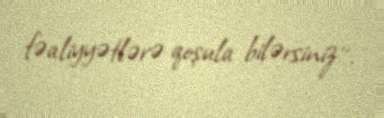
fəaliyyətlərə qoşula bilərsiniz''.